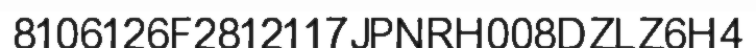
8106126F2812117JPNRH008DZLZ6H4